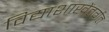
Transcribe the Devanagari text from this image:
विद्याशाखेंतर्गत